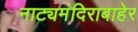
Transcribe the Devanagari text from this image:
नाट्यमंदिराबाहेर